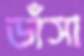
ডাঁসা